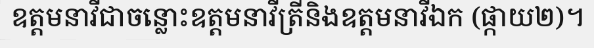
ឧត្តមនាវីជាចន្លោះឧត្តមនាវីត្រីនិងឧត្តមនាវីឯក (ផ្កាយ២)។